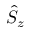
\hat { S } _ { z }